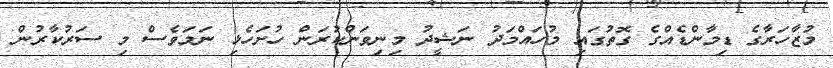
މުޒާހަރާގެ ޑިމާންޑެއްގެ ގޮތުގައި މުހައްމަދު ނަޝީދު މިނިވަންކުރަން ހުށަހެޅި ނަމަވެސް މި ސަރުކާރުން